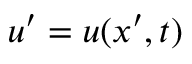
u ^ { \prime } = u ( x ^ { \prime } , t )